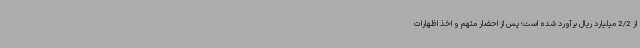
از 2/2 میلیارد ریال برآورد شده است؛ پس از احضار متهم و اخذ اظهارات